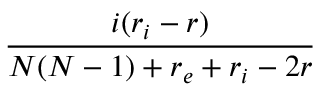
\frac { i ( r _ { i } - r ) } { N ( N - 1 ) + r _ { e } + r _ { i } - 2 r }